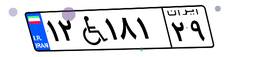
۱۲W۱۸۱۲۹